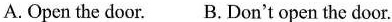
A.Open the door. B. Don't open the door.